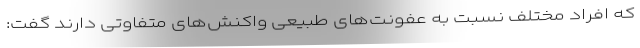
که افراد مختلف نسبت به عفونت‌های طبیعی واکنش‌های متفاوتی دارند گفت: